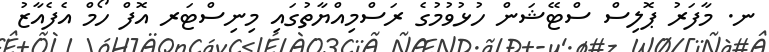
ނ. މާފަރު ޕޮލިސް ސްޓޭޝަން ހުޅުވުމުގެ ރަސްމިއްޔާތުގައި މިނިސްޓަރ އޮފް ހޯމް އެފެއާޒު